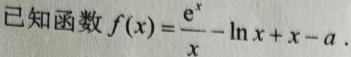
已知函数$f(x)=\frac{\mathrm{e}^{x}}{x}-\ln x + x - a$.